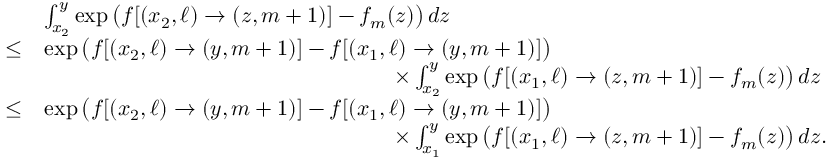
\begin{array} { r l } & { \int _ { x _ { 2 } } ^ { y } \exp \big ( f [ ( x _ { 2 } , \ell ) \to ( z , m + 1 ) ] - f _ { m } ( z ) \big ) \, d z } \\ { \leq } & { \exp \big ( f [ ( x _ { 2 } , \ell ) \to ( y , m + 1 ) ] - f [ ( x _ { 1 } , \ell ) \to ( y , m + 1 ) ] \big ) } \\ & { \qquad \qquad \qquad \qquad \qquad \qquad \qquad \qquad \times \int _ { x _ { 2 } } ^ { y } \exp \big ( f [ ( x _ { 1 } , \ell ) \to ( z , m + 1 ) ] - f _ { m } ( z ) \big ) \, d z } \\ { \leq } & { \exp \big ( f [ ( x _ { 2 } , \ell ) \to ( y , m + 1 ) ] - f [ ( x _ { 1 } , \ell ) \to ( y , m + 1 ) ] \big ) } \\ & { \qquad \qquad \qquad \qquad \qquad \qquad \qquad \qquad \times \int _ { x _ { 1 } } ^ { y } \exp \big ( f [ ( x _ { 1 } , \ell ) \to ( z , m + 1 ) ] - f _ { m } ( z ) \big ) \, d z . } \end{array}